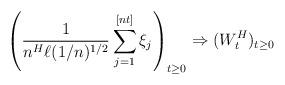
LaTeX: \begin{align*} \left(\frac{1}{n^H \ell(1/n)^{1/2}}\sum_{j=1}^{[nt]} \xi_j\right)_{t\geq 0} \Rightarrow (W^H_t)_{t\geq 0}\end{align*}